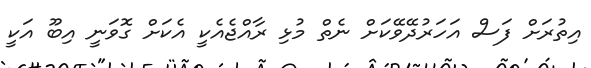
އިތުރަށް ފަސް އަހަރުދޭވޭކަށް ނެތް މުޅި ރާއްޖެއެކީ އެކަށް ގޮވަނީ އިބޫ އަކީ